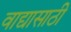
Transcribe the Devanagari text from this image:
वाद्यासाठी